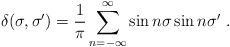
LaTeX: \begin{align*}\delta (\sigma,\sigma')=\frac{1}{\pi}\sum_{n=-\infty}^{\infty}\sin n\sigma\sin n \sigma'\ .\end{align*}